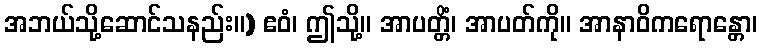
အဘယ်သို့ဆောင်သနည်း။) ဧဝံ၊ ဤသို့။ အာပတ္တိံ၊ အာပတ်ကို။ အာနာဝိကရောန္တော၊